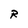
Character: R